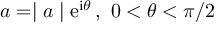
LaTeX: a = \mid a \mid \mathrm { e } ^ { \mathrm { i } \theta } \, , \, \, 0 < \theta < \pi / 2